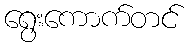
ရွေးကောက်တင်